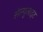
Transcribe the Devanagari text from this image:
सेल्युलाइट